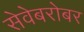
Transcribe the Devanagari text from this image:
सेवेबरोबर